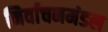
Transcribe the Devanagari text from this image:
निर्वाचनमंडल